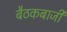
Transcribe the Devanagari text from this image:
बैठकबाजी